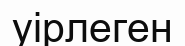
уірлеген